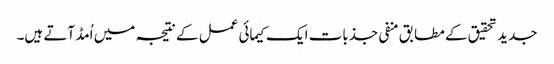
جدید تحقیق کے مطابق منفی جذبات ایک کیمائی عمل کے نتیجہ میں اُمڈ آتے ہیں۔